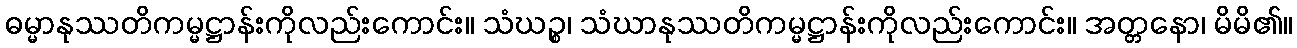
ဓမ္မာနုဿတိကမ္မဋ္ဌာန်းကိုလည်းကောင်း။ သံဃဉ္စ၊ သံဃာနုဿတိကမ္မဋ္ဌာန်းကိုလည်းကောင်း။ အတ္တနော၊ မိမိ၏။